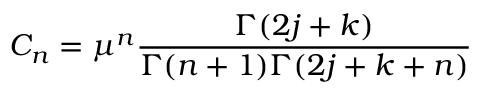
C _ { n } = \mu ^ { n } \frac { \Gamma ( 2 j + k ) } { \Gamma ( n + 1 ) \Gamma ( 2 j + k + n ) }